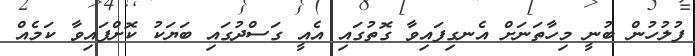
ފުލުހުން ބުނީ މިހާތަނަށް އެނގިފައިވާ ގޮތުގައި އެއީ ގަސްދުގައި ބަޔަކު ކޮށްފައިވާ ކަމެއް